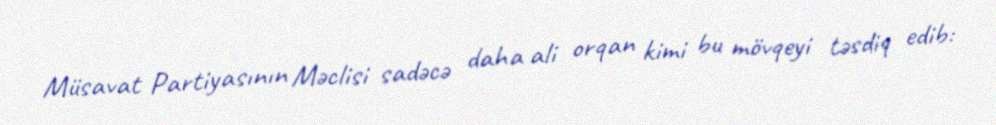
Müsavat Partiyasının Məclisi sadəcə daha ali orqan kimi bu mövqeyi təsdiq edib: